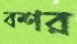
বশর